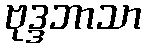
ဗုဒ္ဒဘာသာ